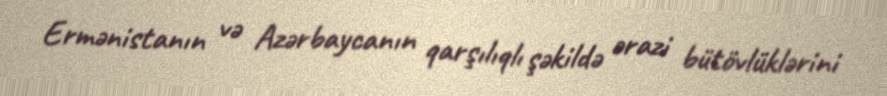
Ermənistanın və Azərbaycanın qarşılıqlı şəkildə ərazi bütövlüklərini